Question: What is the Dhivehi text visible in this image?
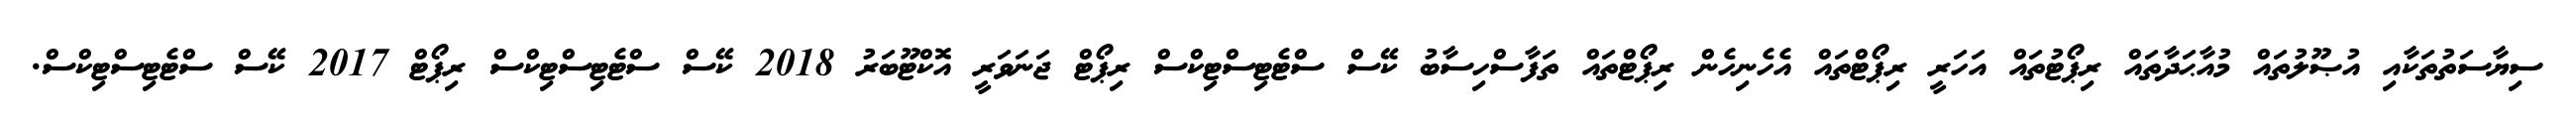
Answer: ސިޔާސަތުތަކާއި އުޞޫލުތައް މުއާޙަދާތައް ރިޕޯޓުތައް އަހަރީ ރިޕޯޓްތައް އެހެނިހެން ރިޕޯޓްތައް ތަފާސްހިސާބު ކޭސް ސްޓެޓިސްޓިކްސް ރިޕޯޓް ޖަނަވަރީ އޮކްޓޫބަރު 2018 ކޭސް ސްޓެޓިސްޓިކްސް ރިޕޯޓް 2017 ކޭސް ސްޓެޓިސްޓިކްސް.